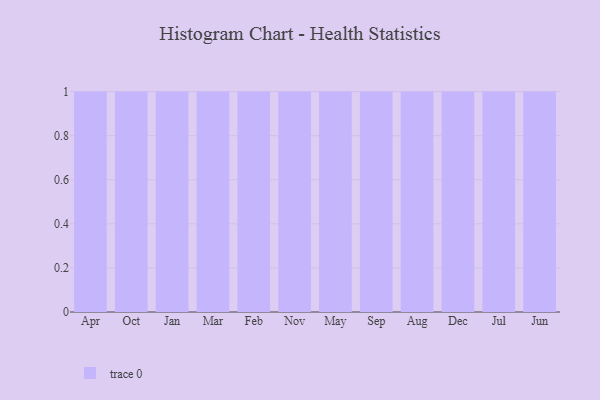
{"axis": {"x": "Month", "y": "Website Visitors"}, "legend": [""], "data": [{"x": "Apr", "y": 42, "type": ""}, {"x": "Oct", "y": 27, "type": ""}, {"x": "Jan", "y": 44, "type": ""}, {"x": "Mar", "y": 31, "type": ""}, {"x": "Feb", "y": 93, "type": ""}, {"x": "Nov", "y": 5, "type": ""}, {"x": "May", "y": 27, "type": ""}, {"x": "Sep", "y": 33, "type": ""}, {"x": "Aug", "y": 62, "type": ""}, {"x": "Dec", "y": 72, "type": ""}, {"x": "Jul", "y": 16, "type": ""}, {"x": "Jun", "y": 34, "type": ""}]}